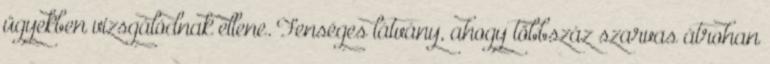
ügyekben vizsgálódnak ellene. Fenséges látvány, ahogy többszáz szarvas átrohan